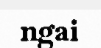
ngai